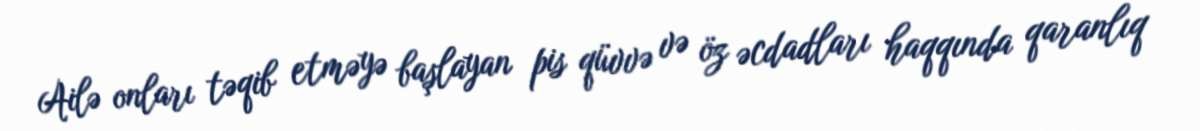
Ailə onları təqib etməyə başlayan pis qüvvə və öz əcdadları haqqında qaranlıq